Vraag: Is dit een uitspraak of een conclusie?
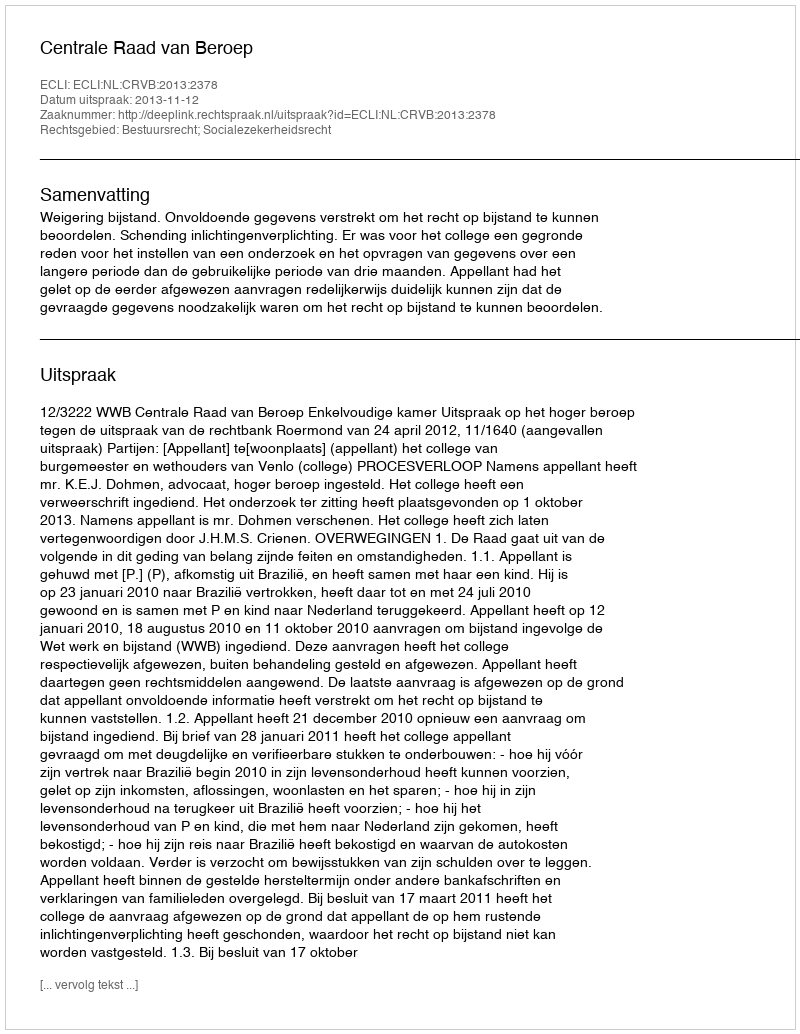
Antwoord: Uitspraak